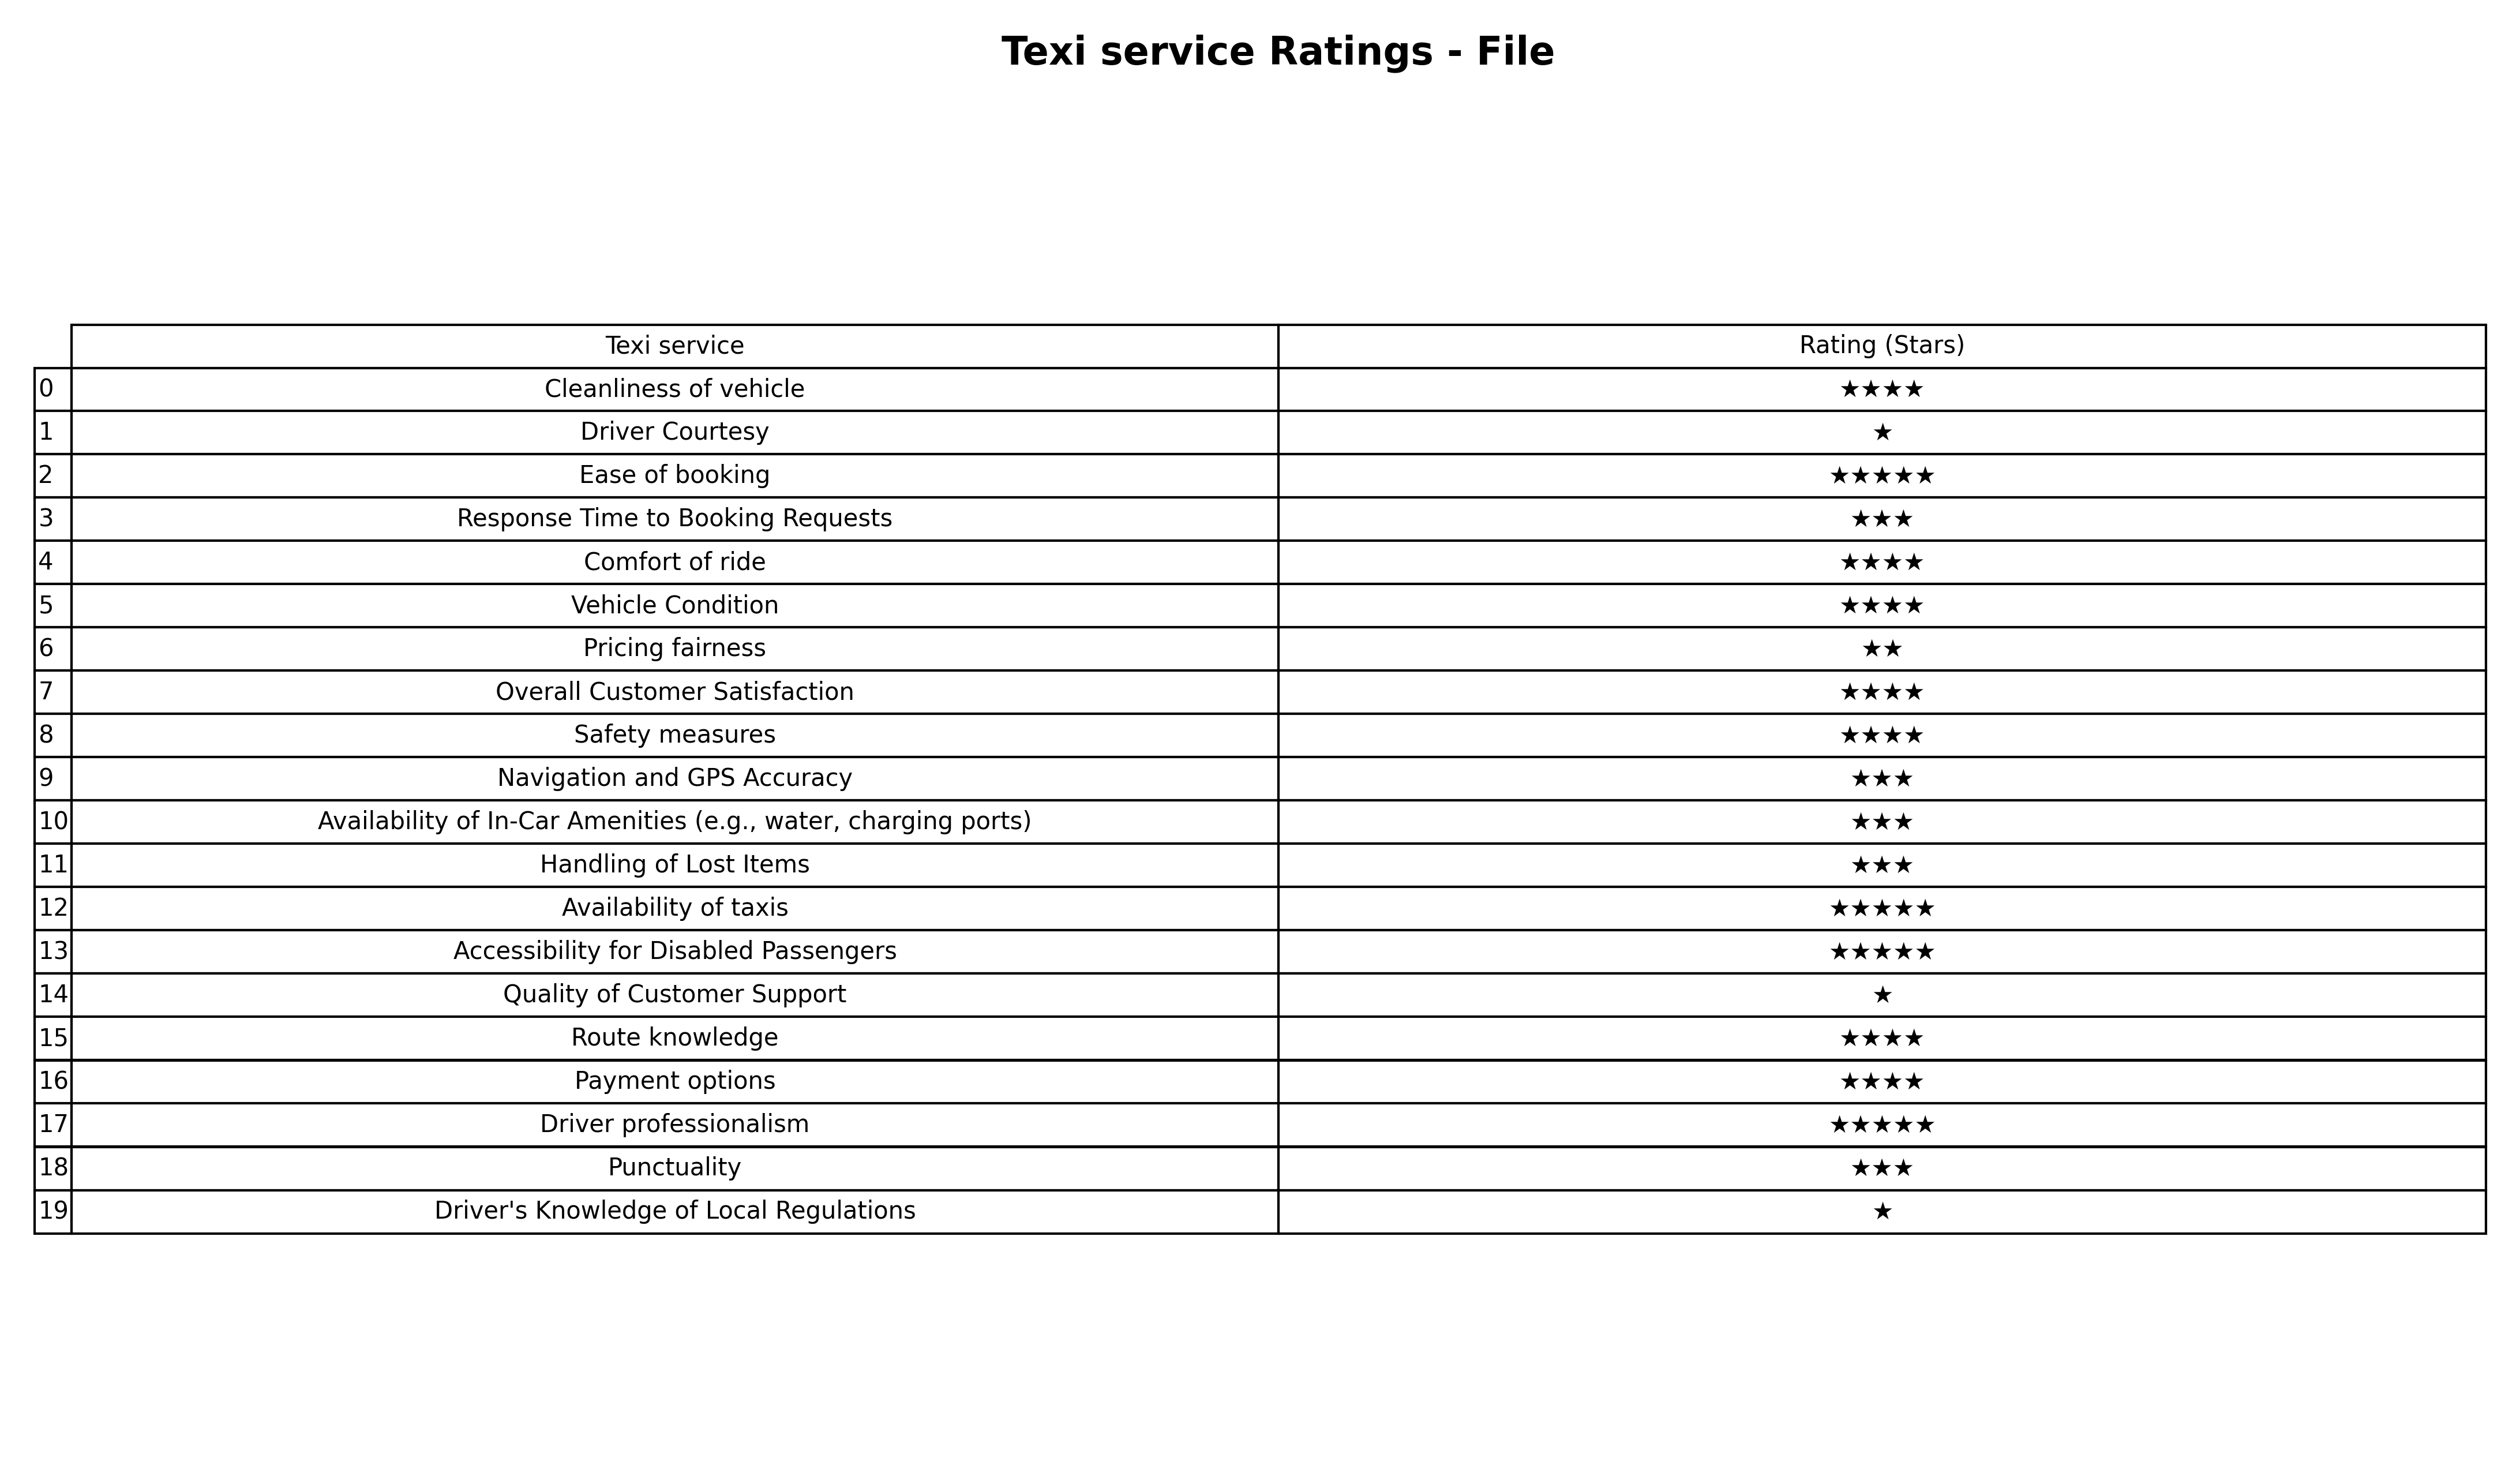
question: What are five star services?
answer: Ease of bookingAvailability of taxisAccessibility for Disabled PassengersDriver professionalism